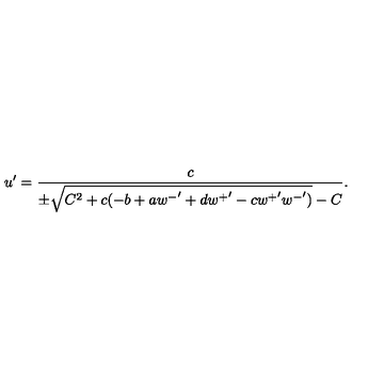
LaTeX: u ^ { \prime } = \frac { c } { \pm \sqrt { C ^ { 2 } + c ( - b + a { w ^ { - } } ^ { \prime } + d { w ^ { + } } ^ { \prime } - c { w ^ { + } } ^ { \prime } { w ^ { - } } ^ { \prime } ) } - C } .